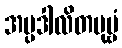
အပ္ပဒါလိတပုဗ္ဗံ